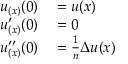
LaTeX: \begin{array} { r l } { u _ { ( x ) } ( 0 ) } & { { } = u ( x ) } \\ { u _ { ( x ) } ^ { \prime } ( 0 ) } & { { } = 0 } \\ { u _ { ( x ) } ^ { \prime \prime } ( 0 ) } & { { } = { \frac { 1 } { n } } \Delta u ( x ) } \end{array}